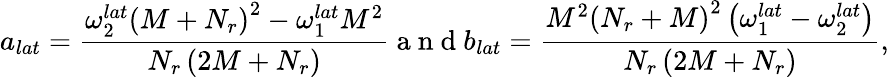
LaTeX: a_{lat}=\frac{\omega_{2}^{lat}\left(M+N_{r}\right)^{2}-\omega_{1}^{lat}M^{2}}{N_{r}\left(2M+N_{r}\right)}\mathrm{~a~n~d~}b_{lat}=\frac{M^{2}\left(N_{r}+M\right)^{2}\left(\omega_{1}^{lat}-\omega_{2}^{lat}\right)}{N_{r}\left(2M+N_{r}\right)},